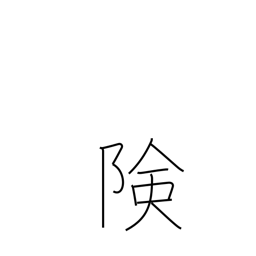
Meaning: precipitous